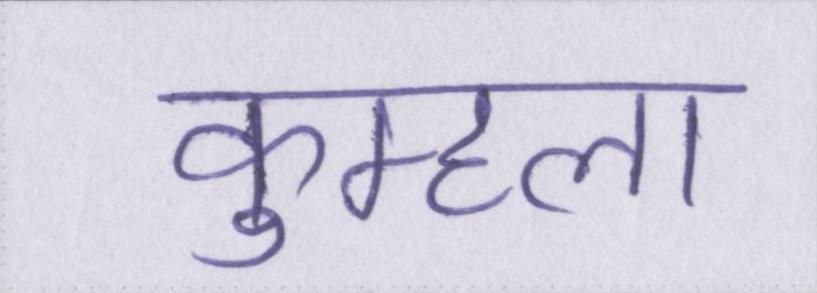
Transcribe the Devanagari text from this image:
कुम्हला